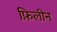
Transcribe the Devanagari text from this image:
फ़िलीन